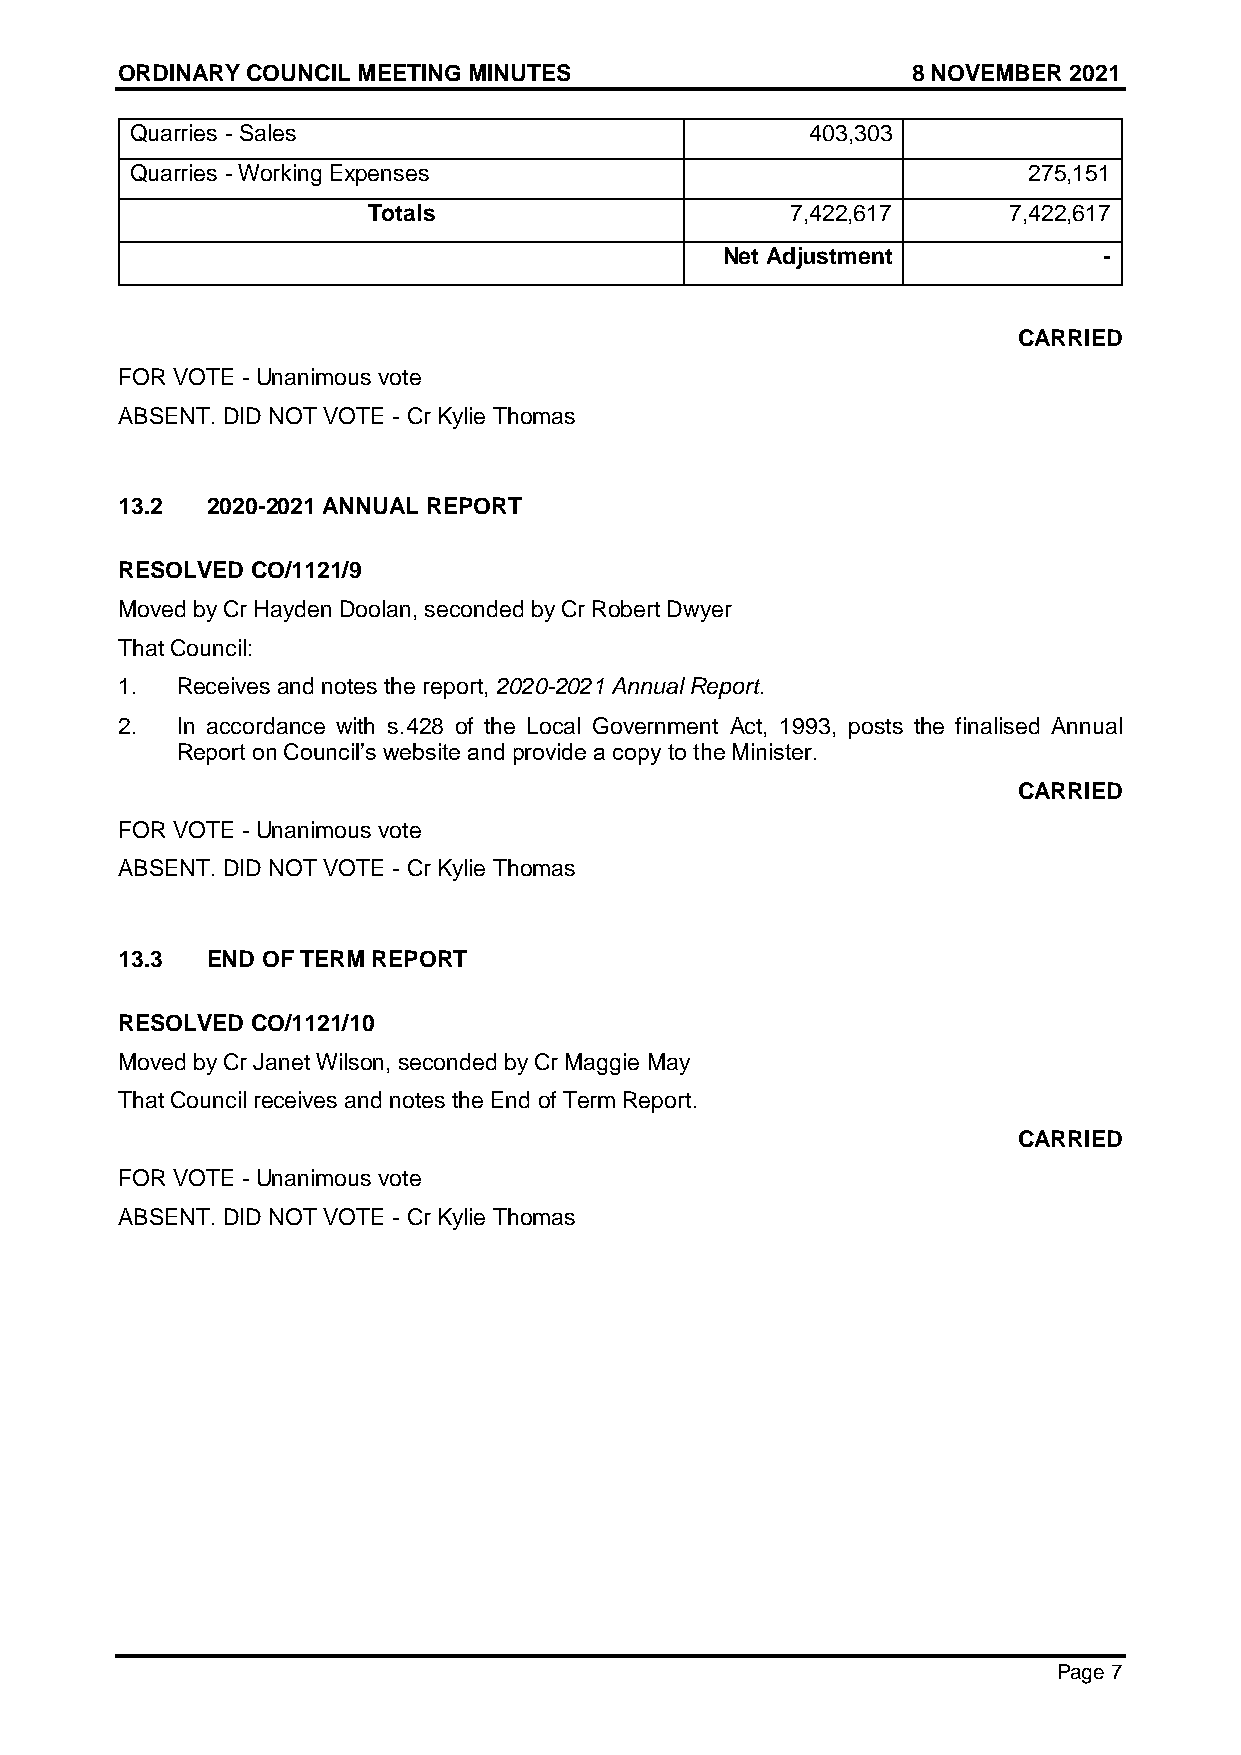
ORDINARY COUNCIL MEETING MINUTES                    8 NOVEMBER 2021
 Quarries - Sales                             403,303
 Quarries - Working Expenses                                275,151
 Totals                      7,422,617      7,422,617
 Net Adjustment           -
 CARRIED
 FOR VOTE - Unanimous vote
 ABSENT. DID NOT VOTE - Cr Kylie Thomas
 13.2  2020-2021 ANNUAL REPORT
 RESOLVED CO/1121/9
 Moved by Cr Hayden Doolan, seconded by Cr Robert Dwyer
 That Council:
 1.  Receives and notes the report, 2020-2021 Annual Report.
 2.  In accordance with s.428 of the Local Government Act, 1993, posts the finalised Annual
 Report on Council’s website and provide a copy to the Minister.
 CARRIED
 FOR VOTE - Unanimous vote
 ABSENT. DID NOT VOTE - Cr Kylie Thomas
 13.3  END OF TERM REPORT
 RESOLVED CO/1121/10
 Moved by Cr Janet Wilson, seconded by Cr Maggie May
 That Council receives and notes the End of Term Report.
 CARRIED
 FOR VOTE - Unanimous vote
 ABSENT. DID NOT VOTE - Cr Kylie Thomas
 Page 7